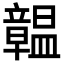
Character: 𥫊